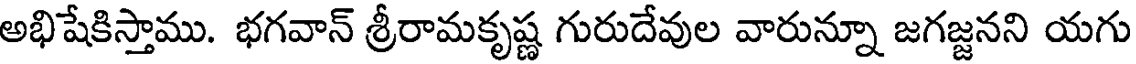
అభిషేకిస్తాము. భగవాన్ శ్రీరామకృష్ణ గురుదేవుల వారున్నూ జగజ్జనని యగు